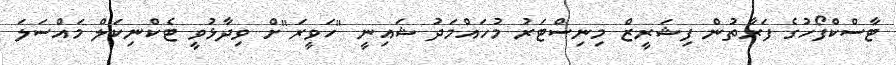
ޓާސްކްފޯހުގެ ފަރާތުން ފިޝަރީޒް މިނިސްޓަރު މުހައްމަދު ޝައިނީ "ހަވީރަ"ށް ވިދާޅުވީ ޓެކްނިކަލް މައްސަލަ